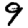
Digit: 9